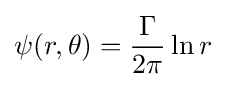
\psi (r,\theta )={\frac {\Gamma }{2\pi }}\ln r